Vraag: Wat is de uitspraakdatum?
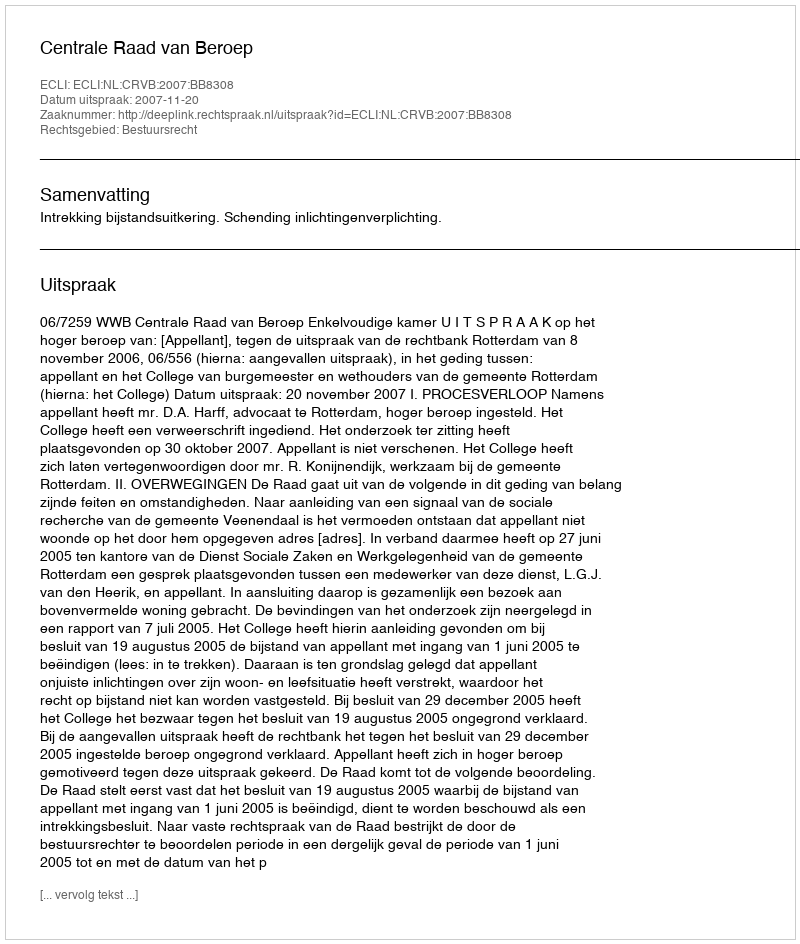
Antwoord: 2007-11-20